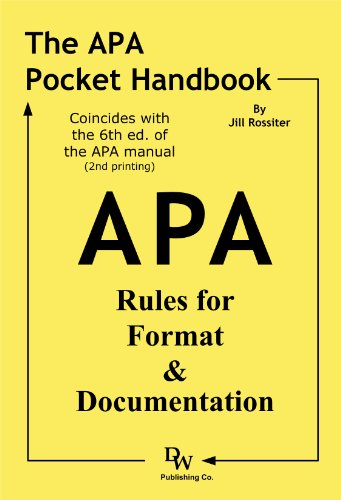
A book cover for The APA Pocket Handbook: Rules for Format & Documentation [Conforms to 6th Edition APA]; Jill Rossiter; Medical Books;